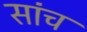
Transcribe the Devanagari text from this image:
सांच